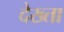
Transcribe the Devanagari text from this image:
देख्ता